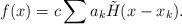
LaTeX: \begin{align*}f(x) = c\sum a_k \tilde{H}(x-x_k). \end{align*}